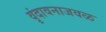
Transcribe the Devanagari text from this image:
वृंदावनाजवळ